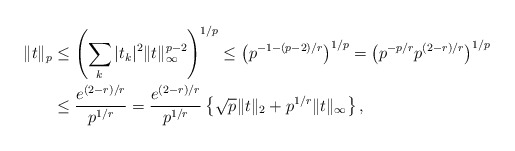
\begin{align*}\|t\|_p &\le \left( \sum_k |t_k|^2 \|t\|_{\infty}^{p-2} \right)^{1/p} \le \left( p^{-1 - (p-2)/r} \right)^{1/p} = \left( p^{-p/r} p^{(2-r)/r} \right)^{1/p} \\& \le \frac{e^{(2-r)/r} }{p^{1/r}} = \frac{e^{(2-r)/r}}{p^{1/r}} \left\{ \sqrt{p} \|t\|_2 + p^{1/r}\|t\|_\infty \right\},\end{align*}